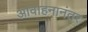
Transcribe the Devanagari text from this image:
आवाहनानंतर